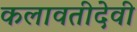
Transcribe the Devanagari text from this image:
कलावतीदेवी